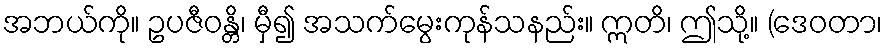
အဘယ်ကို။ ဥပဇီဝန္တိ၊ မှီ၍ အသက်မွေးကုန်သနည်း။ ဣတိ၊ ဤသို့။ (ဒေဝတာ၊